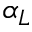
\alpha _ { L }